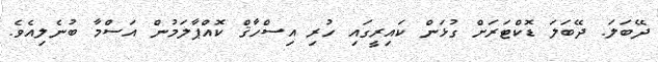
ދޭބަލަ. ދޭބަލަ ޑޮކްޓަރަށް ގުޅަން ކައިރީގައި ހުރި އިސްހާޤް ކޮއްޕާލަމުން އަސްމާ ބުނެލިއެވެ.